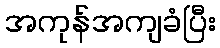
အကုန်အကျခံပြီး